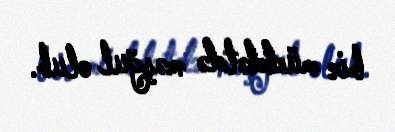
bir müddətdə məşğul olub.